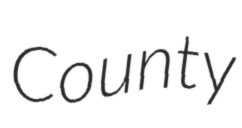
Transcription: County